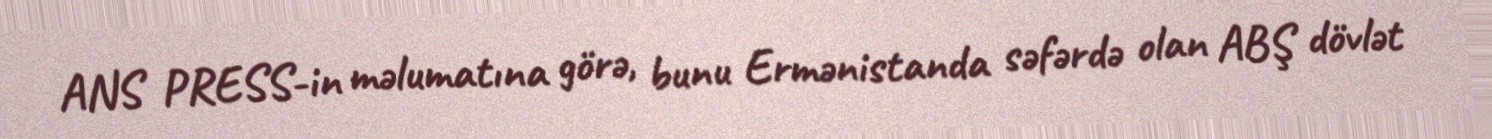
ANS PRESS-in məlumatına görə, bunu Ermənistanda səfərdə olan ABŞ dövlət